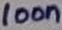
Text: 100n